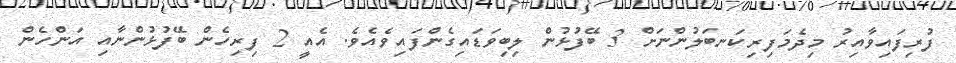
ފުރިފައިވާއިރު މިދެމަފިރިކަނބަލުންނަށް 3 ބޭފުޅުން ލިބިވަޑައިގެންފައިވެއެވެ. އެއީ 2 ފިރިހެން ބޭފުޅުންނާއި އަންހެން